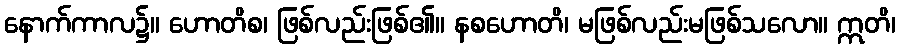
နောက်ကာလ၌။ ဟောတိစ၊ ဖြစ်လည်းဖြစ်၏။ နစဟောတိ၊ မဖြစ်လည်းမဖြစ်သလော။ ဣတိ၊